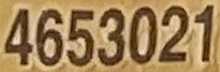
4653021